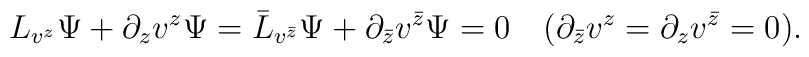
L_{v^z}\Psi+\partial_{z} v^z\Psi=\bar{L}_{v^{\bar{z}}}\Psi+\partial_{\bar{z}} v^{\bar{z}}\Psi=0\hspace{1em}(\partial_{\bar{z}}v^z=\partial_z v^{\bar{z}}=0).